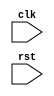
module Test(
    input wire clk,
    input wire rst
);

always @(posedge clk) begin
end

endmodule